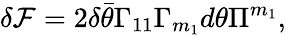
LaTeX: \delta{\cal\mathcal{F}}=2\delta\bar{{\theta}}\Gamma_{11}\Gamma_{m_{1}}d\theta\Pi^{m_{1}},